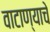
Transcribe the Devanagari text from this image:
वाटाण्याचे